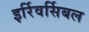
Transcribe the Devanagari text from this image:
इर्रिवर्सिबल